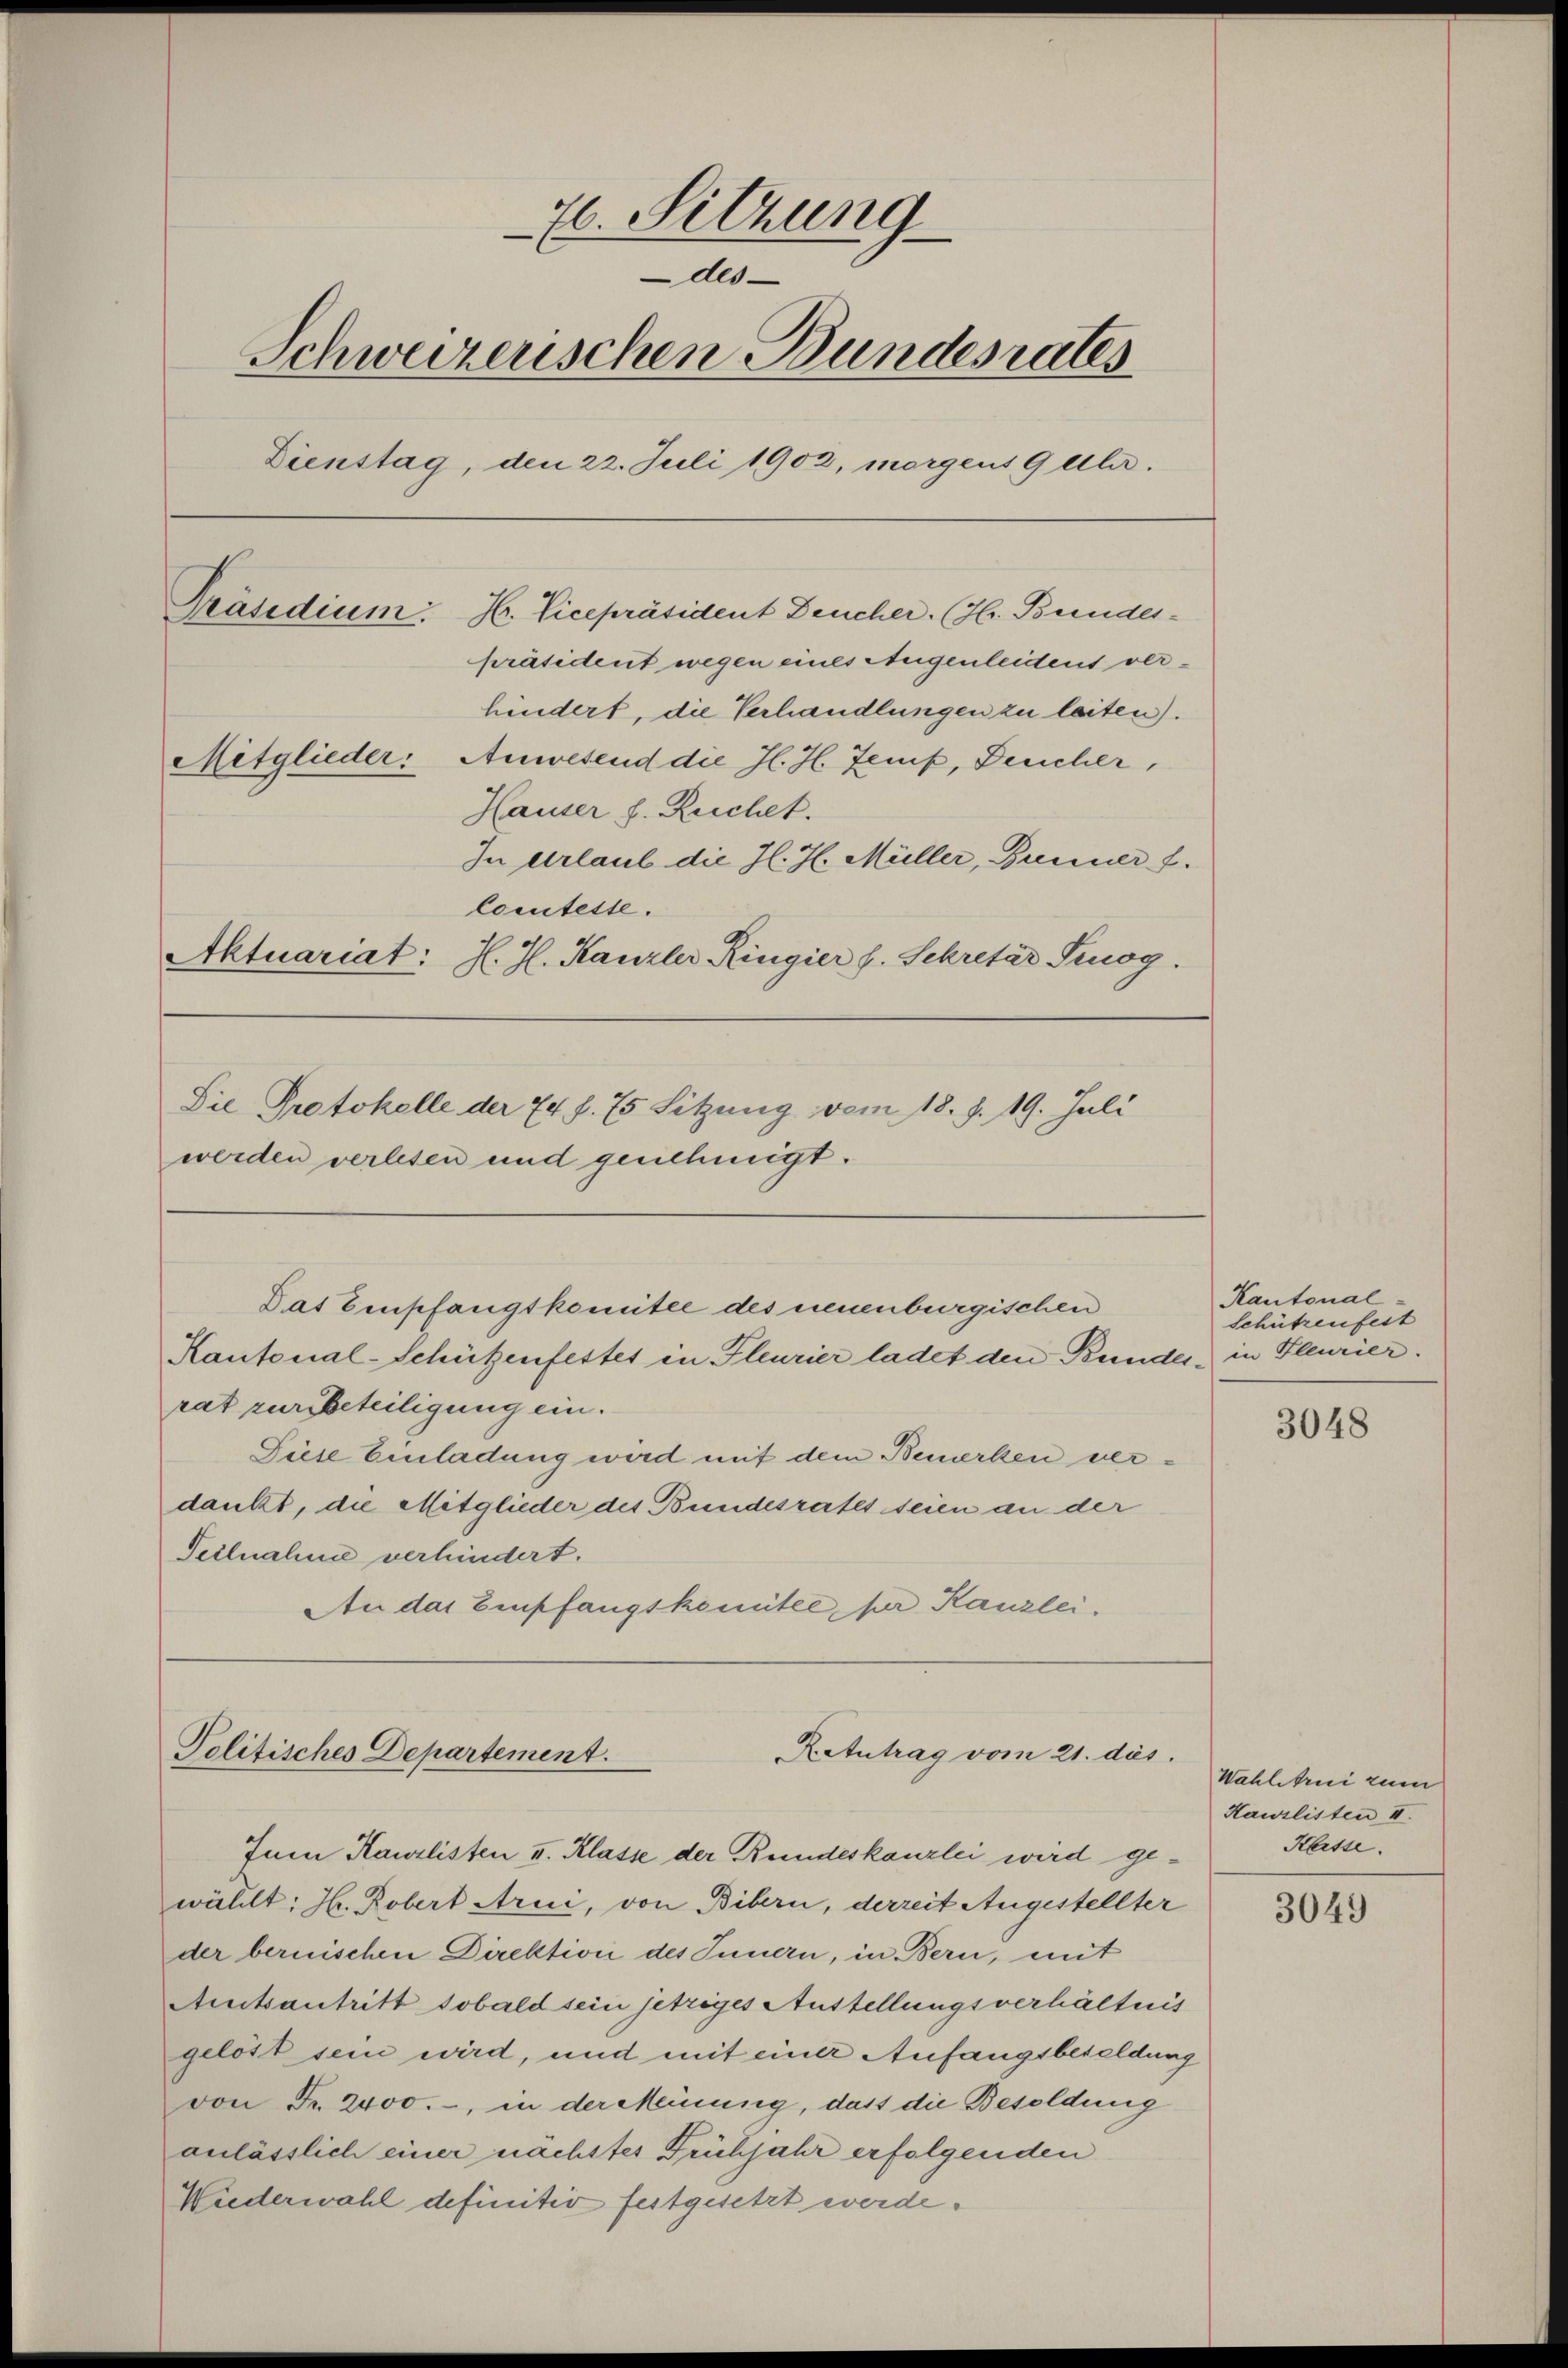
26. Sitzung
des
Schweizerischen Bundesrates
Dienstag, den 22. Juli 1903, morgens 9 Uhr.
Präsident wegen eines Augenleidens verhindert, die Verhandlungen zu leiten).
Mitglieder: Anwesend die J. H. Zemp, Deucher,
Hauser h. Ruchet.
In Urlaub die Il. J. Müller, Bruner f.
Comteste.
Aktuariat: J. J. Kanzler Ringier h. Sekretär Pinog.
Sie Protokolle der 74 f. 75 Sitzung vom 18. d. 19. Juli
werden verlesen und genehmigt.

Präsidium. H. Vicepräsident Deucher. (H. Bundes¬

rat zur Beteiligung ein.
Tiese Einladung wird mit dem Bemerken verdankt, die Mitglieder des Bundesrates seien an der
Teilnahme verhindert.
An das Empfangskomitée, per Kanzlei.

Das Empfangskomitee des neuenburgischen
Kantonal-Schützenfestet in Fleurier ladet den Bunder in Pleurier.

Retutrag vom 21. dies
Politisches Departement.
Jum Kanzlisten II. Klasse der Rundeskanzlei wird ge-

wählt: Hr. Robert Arui, von Bibern, derzeit Angestellter
der bernischen Direktion des Innern, in Bern, mit
Amtsantritt sobald sein jetziges Austellungsverhältnis
gelöst sein wird, und mit einer Anfangsbesoldung
von Fr. 2400.-, in der Meinung, dass die Besoldung
anlässlich einer nächstes Frühjahr erfolgenden
Wiederwahl definitiv festgesetzt werde.

Kantonal
Schützenfest

3048

Wahlstrui zum
Kawilisten II.
Kesse.

3049